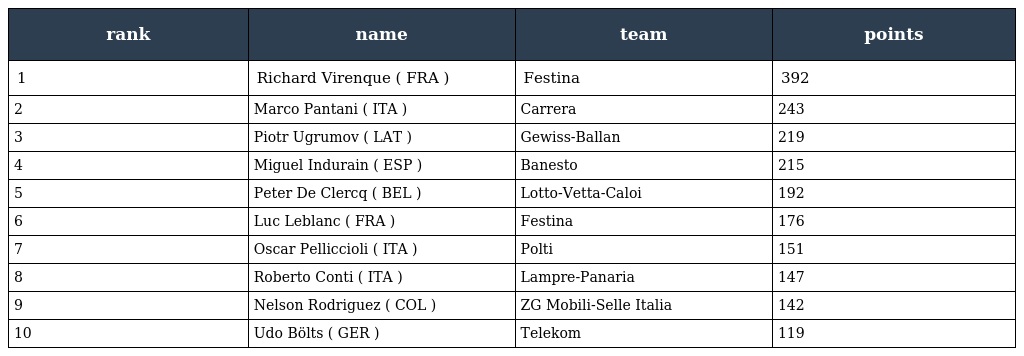
| rank | name | team | points |
 | --- | --- | --- | --- |
 | 1 | Richard Virenque ( FRA ) | Festina | 392 |
 | 2 | Marco Pantani ( ITA ) | Carrera | 243 |
 | 3 | Piotr Ugrumov ( LAT ) | Gewiss-Ballan | 219 |
 | 4 | Miguel Indurain ( ESP ) | Banesto | 215 |
 | 5 | Peter De Clercq ( BEL ) | Lotto-Vetta-Caloi | 192 |
 | 6 | Luc Leblanc ( FRA ) | Festina | 176 |
 | 7 | Oscar Pelliccioli ( ITA ) | Polti | 151 |
 | 8 | Roberto Conti ( ITA ) | Lampre-Panaria | 147 |
 | 9 | Nelson Rodriguez ( COL ) | ZG Mobili-Selle Italia | 142 |
 | 10 | Udo Bölts ( GER ) | Telekom | 119 |